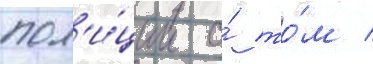
пол'и́ции о́ то́м /